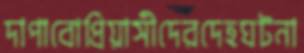
দাপাবোপ্রিয়াসীদেরদেহঘটনা